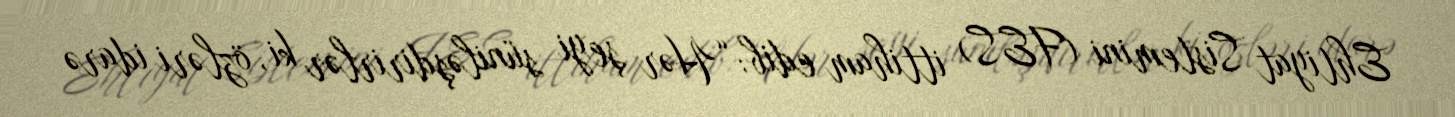
Ehtiyat Sistemini (FES) ittiham edib: “Hər şeyi süniləşdirirlər ki, özləri idarə